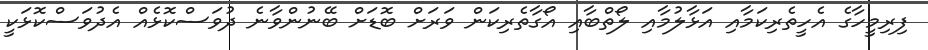
ފިރިމީހާގެ އެހީތެރިކަމާއި އަޅާލުމާއި ލޯތްބާއި އޯގާތެރިކަން ވަރަށް ބޮޑަށް ބޭނުންވާނެ ދުވަސްކޮޅެއް އެދުވަސްކޮޅަކީ